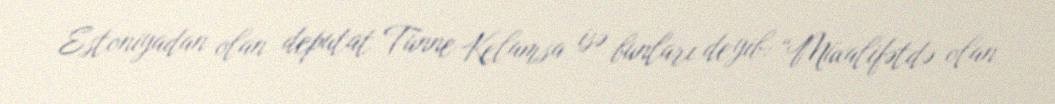
Estoniyadan olan deputat Tunne Kelamsa isə bunları deyib: “Müxalifətdə olan